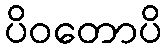
ပိဝတောပိ